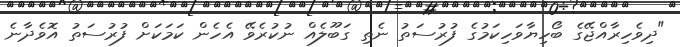
"ދިވެހިރާއްޖޭގެ ބޯހިޔާވަހިކަމުގެ ފުރުސަތު ނެތި ގަބޫލެއް ނުކުރެވޭ އެހެން ކަމަކަށް ފުރުސަތު އޮވެދާނެ